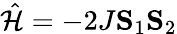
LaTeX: \hat{\mathcal{H}}=-2J\mathbf{S}_{1}\mathbf{S}_{2}